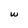
Character: w